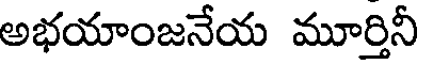
అభయాంజనేయ మూర్తినీ